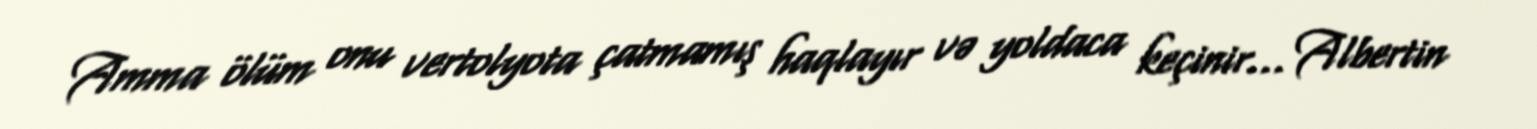
Amma ölüm onu vertolyota çatmamış haqlayır və yoldaca keçinir... Albertin